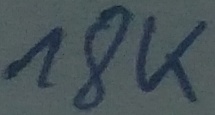
Text: 18K